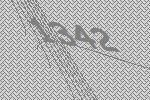
1342